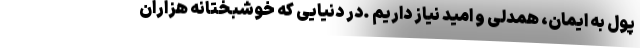
پول به ایمان، همدلی و امید نیاز داریم .در دنیایی که خوشبختانه هزاران